Annual report of the Punjab Veterinary College and of the Civil Veterinary Department, Punjab - 1920-1925
Year: 1920
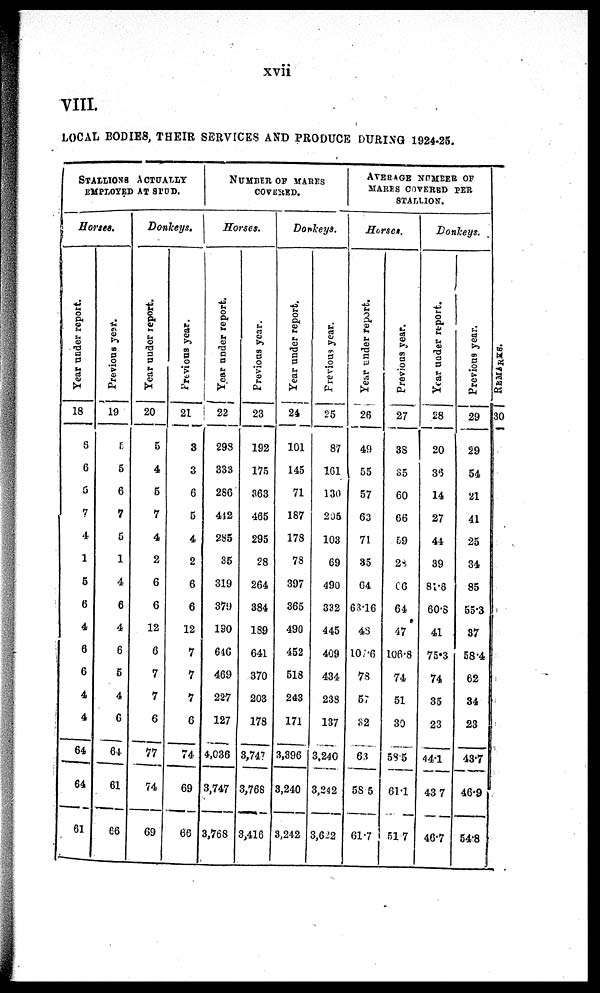
xvii
VIII.
LOCAL BODIES, THEIR SERVICES AND PRODUCE DURING 1924-25.
STALLIONS ACTUALLY
EMPLOYED AT STUD.
Horses.
Year under report.
18
6
6
6
7
4
1
5
6
4
6
6
4
4
64
64
61
Previous year.
19
5
5
6
7
5
1
4
6
4
6
5
4
6
64
61
66
Donkeys.
Year under report.
20
5
4
5
7
4
2
6
6
12
6
7
7
6
77
74
69
Previous year.
21
3
3
6
5
4
2
6
6
12
7
7
7
6
74
69
66
NUMBER OF MARES
COVERED.
Horses.
Year under report.
22
293
333
286
412
285
35
319
379
190
64G
469
227
127
4,036
3,747
3,768
Previous year.
23
192
175
363
465
295
28
264
384
189
641
370
203
178
3,74?
3,768
3,416
Donkeys.
Year under report.
24
101
145
71
187
178
78
397
365
490
452
518
243
171
3,396
3,240
3,242
Previous year.
25
87
1G1
130
205
103
69
490
332
445
409
434
238
137
3,240
3,242
3,622
AVERAGE NUMBER OF
MARES COVERED PER
STALLION.
Horses.
Year under report.
26
49
55
57
63
71
35
G4
63.16
48
107.6
78
57
32
63
58.5
61.7
Previous year.
27
3S
35
60
66
59
28
66
64
47
106.8
74
51
30
535
61.1
51 7
Donkeys.
Year under report.
28
20
36
14
27
44
39
81.6
60.8
41
75.3
74
35
23
44.1
43 7
46.7
Previous year.
29
29
54
21
41
25
34
85
55.3
37
58.4
62
34
23
43.7
46.9
54.8
RE MARKE S .
30